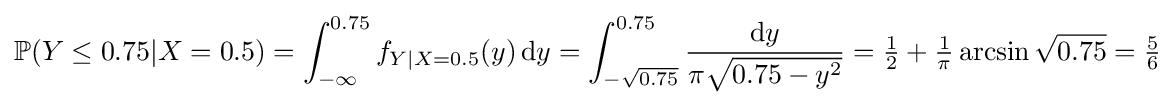
\mathbb {P} (Y\leq 0.75|X=0.5)=\int _{-\infty }^{0.75}f_{Y|X=0.5}(y)\,\mathrm {d} y=\int _{-{\sqrt {0.75}}}^{0.75}{\frac {\mathrm {d} y}{\pi {\sqrt {0.75-y^{2}}}}}={\tfrac {1}{2}}+{\tfrac {1}{\pi }}\arcsin {\sqrt {0.75}}={\tfrac {5}{6}}